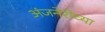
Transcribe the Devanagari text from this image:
अंजनेरीच्या